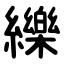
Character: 纅